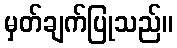
မှတ်ချက်ပြုသည်။